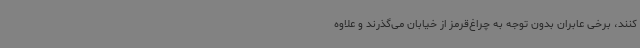
کنند، برخی عابران بدون توجه به چراغ‌قرمز از خیابان می‌گذرند و علاوه